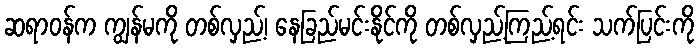
ဆရာဝန်က ကျွန်မကို တစ်လှည့်၊ နေခြည်မင်းနိုင်ကို တစ်လှည့်ကြည့်ရင်း သက်ပြင်းကို